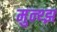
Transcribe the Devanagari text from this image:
मुन्थ्झ